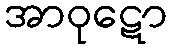
အာဝုဋော